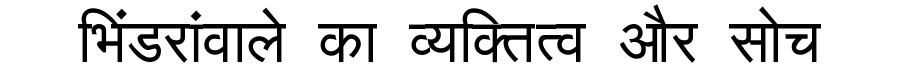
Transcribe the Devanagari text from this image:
भिंडरांवाले का व्यक्तित्व और सोच